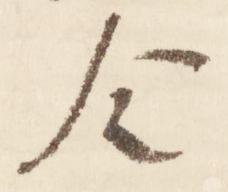
令